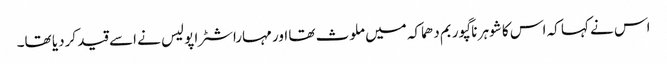
اس نے کہا کہ اس کا شوہر ناگپور بم دھماکہ میں ملوث تھا اور مہاراشٹرا پولیس نے اسے قید کردیا تھا۔